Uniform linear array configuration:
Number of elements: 32
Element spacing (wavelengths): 0.25
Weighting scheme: binomial
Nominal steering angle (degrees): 30
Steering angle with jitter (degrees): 30.655
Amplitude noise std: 0.05
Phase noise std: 0.05

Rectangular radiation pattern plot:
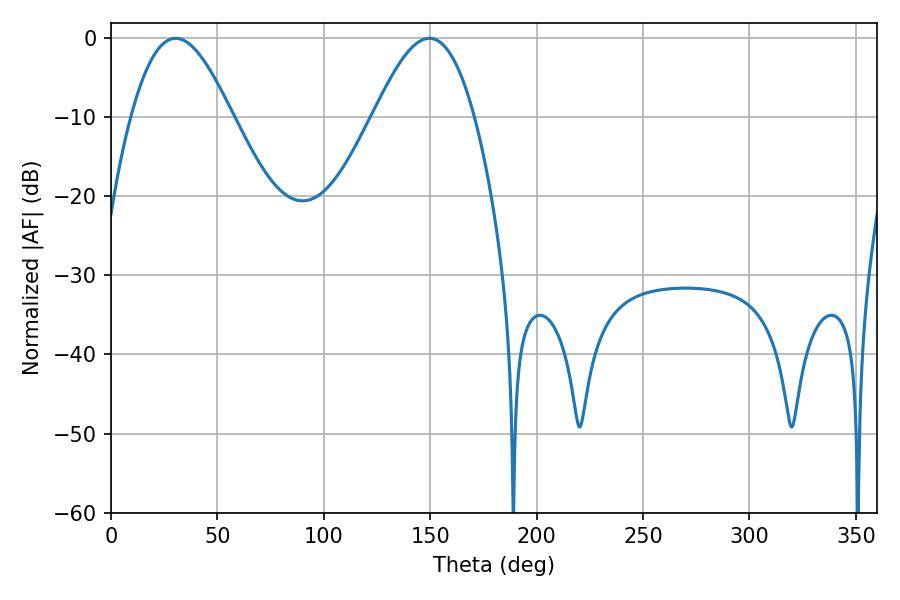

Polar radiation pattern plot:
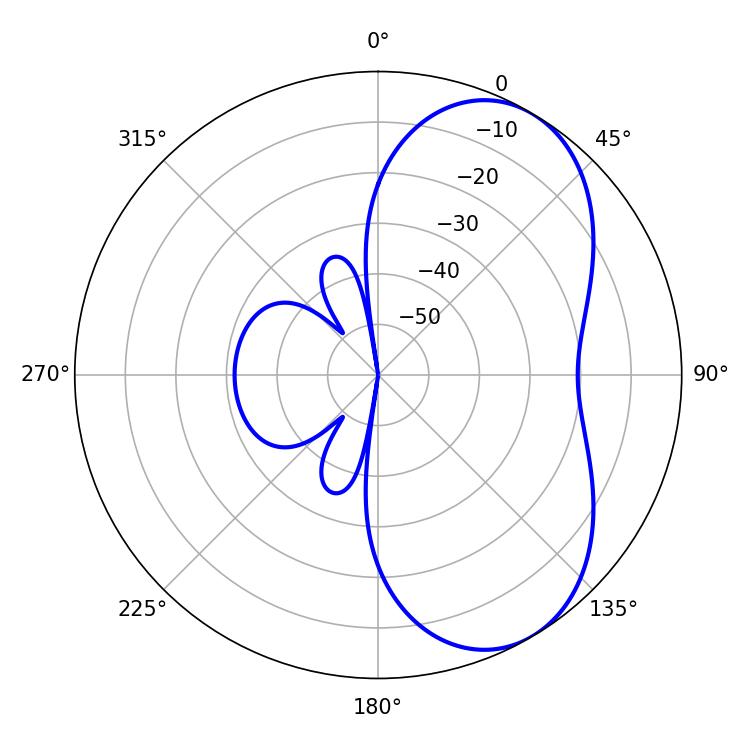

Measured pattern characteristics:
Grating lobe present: FALSE
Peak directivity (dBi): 5.846
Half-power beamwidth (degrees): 25.56
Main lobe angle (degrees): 30.42